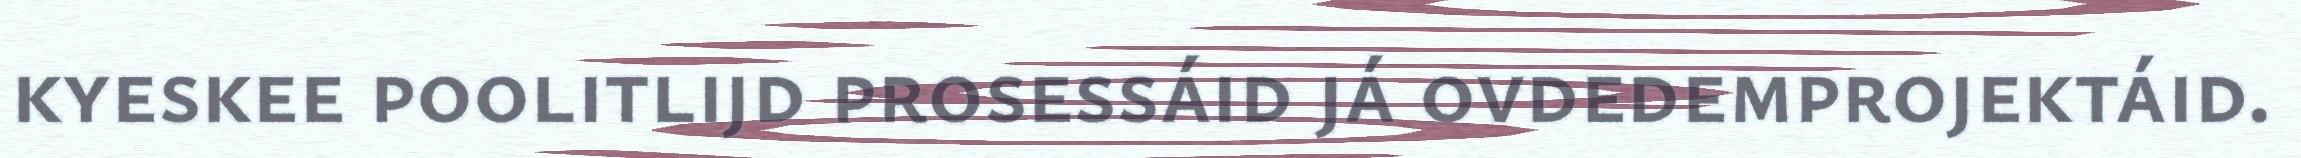
kyeskee poolitlijd prosessáid já ovdedemprojektáid.